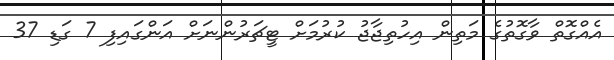
އެއްގޮތް ވާގޮތުގެ މަތިން އިހުތިޖާޖު ކުރުމަށް ޓީޗަރުންނަށް އަންގައިފި 7 ގަޑި 37